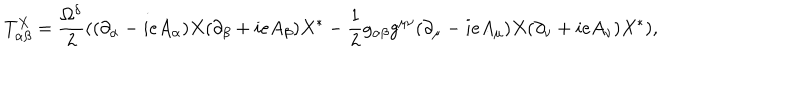
LaTeX: T _ { \alpha \beta } ^ { X } = \frac { \Omega ^ { \delta } } { 2 } ( ( \partial _ { \alpha } - i e A _ { \alpha } ) X ( \partial _ { \beta } + i e A _ { \beta } ) X ^ { * } - \frac { 1 } { 2 } g _ { \alpha \beta } g ^ { \mu \nu } ( \partial _ { \mu } - i e A _ { \mu } ) X ( \partial _ { \nu } + i e A _ { \nu } ) X ^ { * } ) ,